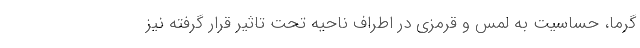
گرما، حساسیت به لمس و قرمزی در اطراف ناحیه تحت تاثیر قرار گرفته نیز